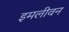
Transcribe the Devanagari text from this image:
इमलीवन